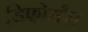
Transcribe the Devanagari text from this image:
डिफोर्मंस